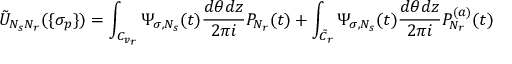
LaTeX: \tilde { U } _ { N _ { s } N _ { r } } ( \{ \sigma _ { p } \} ) = \int _ { C _ { v _ { r } } } \Psi _ { \sigma , N _ { s } } ( t ) \frac { d \theta d z } { 2 \pi i } P _ { N _ { r } } ( t ) + \int _ { \tilde { C } _ { r } } \Psi _ { \sigma , N _ { s } } ( t ) \frac { d \theta d z } { 2 \pi i } P _ { N _ { r } } ^ { ( a ) } ( t )